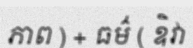
ភាព ) + ធម៌ ( ឧិវា